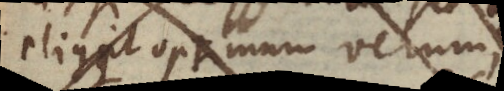
eligit optimum verum,